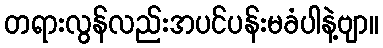
တရားလွန်လည်းအပင်ပန်းမခံပါနဲ့ဗျာ။